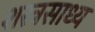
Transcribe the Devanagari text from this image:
शस्त्रसाध्य